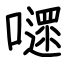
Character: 嚃